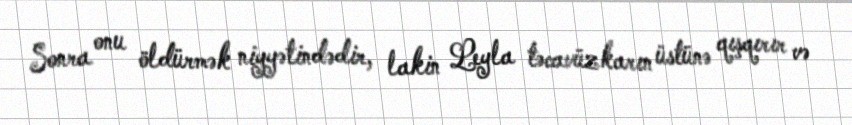
Sonra onu öldürmək niyyətindədir, lakin Leyla təcavüzkarın üstünə qışqırır və